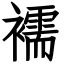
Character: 襦